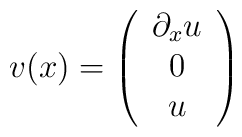
v(x)=\left(\begin{array}{c}\partial_x u\\0\\u\end{array}\right)